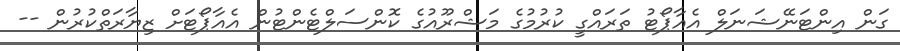
ގަން އިންޓަނޭޝަނަލް އެއާޕޯޓު ތަރައްގީ ކުރުމުގެ މަޝްރޫއުގެ ކޮންސަލްޓެންޓުން އެއާޕޯޓަށް ޒިޔާރަތްކުރުން --